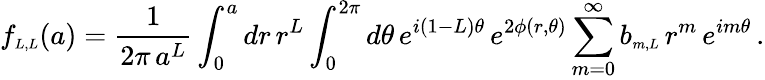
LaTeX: f_{\scriptscriptstyle{L,L}}(a)=\frac{1}{2\pi\, a^{L}}\int_{0}^{a}dr\, r^{L}\int_{0}^{2\pi}d\theta\, e^{i(1-L)\theta}\, e^{2\phi(r,\theta)}\sum_{m=0}^{\infty}b_{\scriptscriptstyle{m,L}}\, r^{m}\, e^{im\theta}\, .